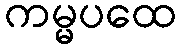
ကမ္မပထေ